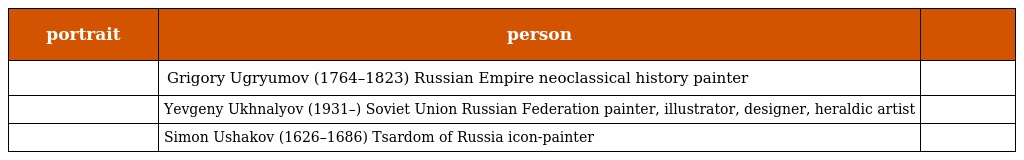
| portrait | person |  |
 | --- | --- | --- |
 |  | Grigory Ugryumov (1764–1823) Russian Empire neoclassical history painter |  |
 |  | Yevgeny Ukhnalyov (1931–) Soviet Union Russian Federation painter, illustrator, designer, heraldic artist |  |
 |  | Simon Ushakov (1626–1686) Tsardom of Russia icon-painter |  |